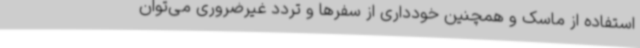
استفاده از ماسک و همچنین خودداری از سفرها و تردد غیرضروری می‌توان